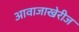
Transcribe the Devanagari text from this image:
आवाजाखेरीज